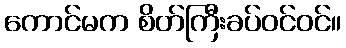
ကောင်မက စိတ်ကြီးခပ်ဝင်ဝင်။